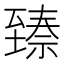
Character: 𬛵